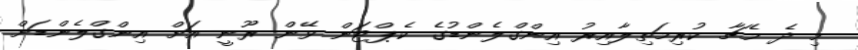
މި ދެ މެޗާ ކުރިމަތިލާއިރު އިންގްލެންޑުގެ ކެޕްޓަން ވޭން ރޫނީ އަށް އިންގްލެންޑަށް